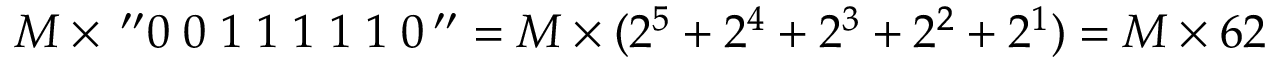
M \times \, ^ { \prime \prime } 0 \; 0 \; 1 \; 1 \; 1 \; 1 \; 1 \; 0 \, ^ { \prime \prime } = M \times ( 2 ^ { 5 } + 2 ^ { 4 } + 2 ^ { 3 } + 2 ^ { 2 } + 2 ^ { 1 } ) = M \times 6 2